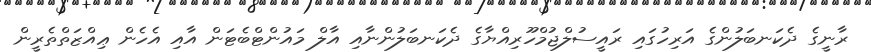
ރާނީގެ ދެކަނބަލުންގެ އަރިހުގައި ރައީސުލްޖުމްހޫރިއްޔާގެ ދެކަނބަލުންނާއި އާލް މައުންޓްބެޓަން އާއި އެހެން ޢިއްޒަތްތެރީން